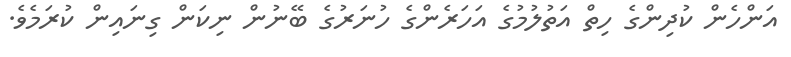
އަންހެން ކުދިންގެ ހިތް އަތުލުމުގެ އަހަރެންގެ ހުނަރުގެ ބޭނުން ނިކަން ގިނައިން ކުރަމެވެ.